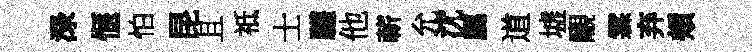
渌愜怕昆且祗士驩他蔪允沈屬道墟覼霖弃頰